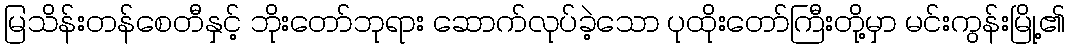
မြသိန်းတန်စေတီနှင့် ဘိုးတော်ဘုရား ဆောက်လုပ်ခဲ့သော ပုထိုးတော်ကြီးတို့မှာ မင်းကွန်းမြို့၏